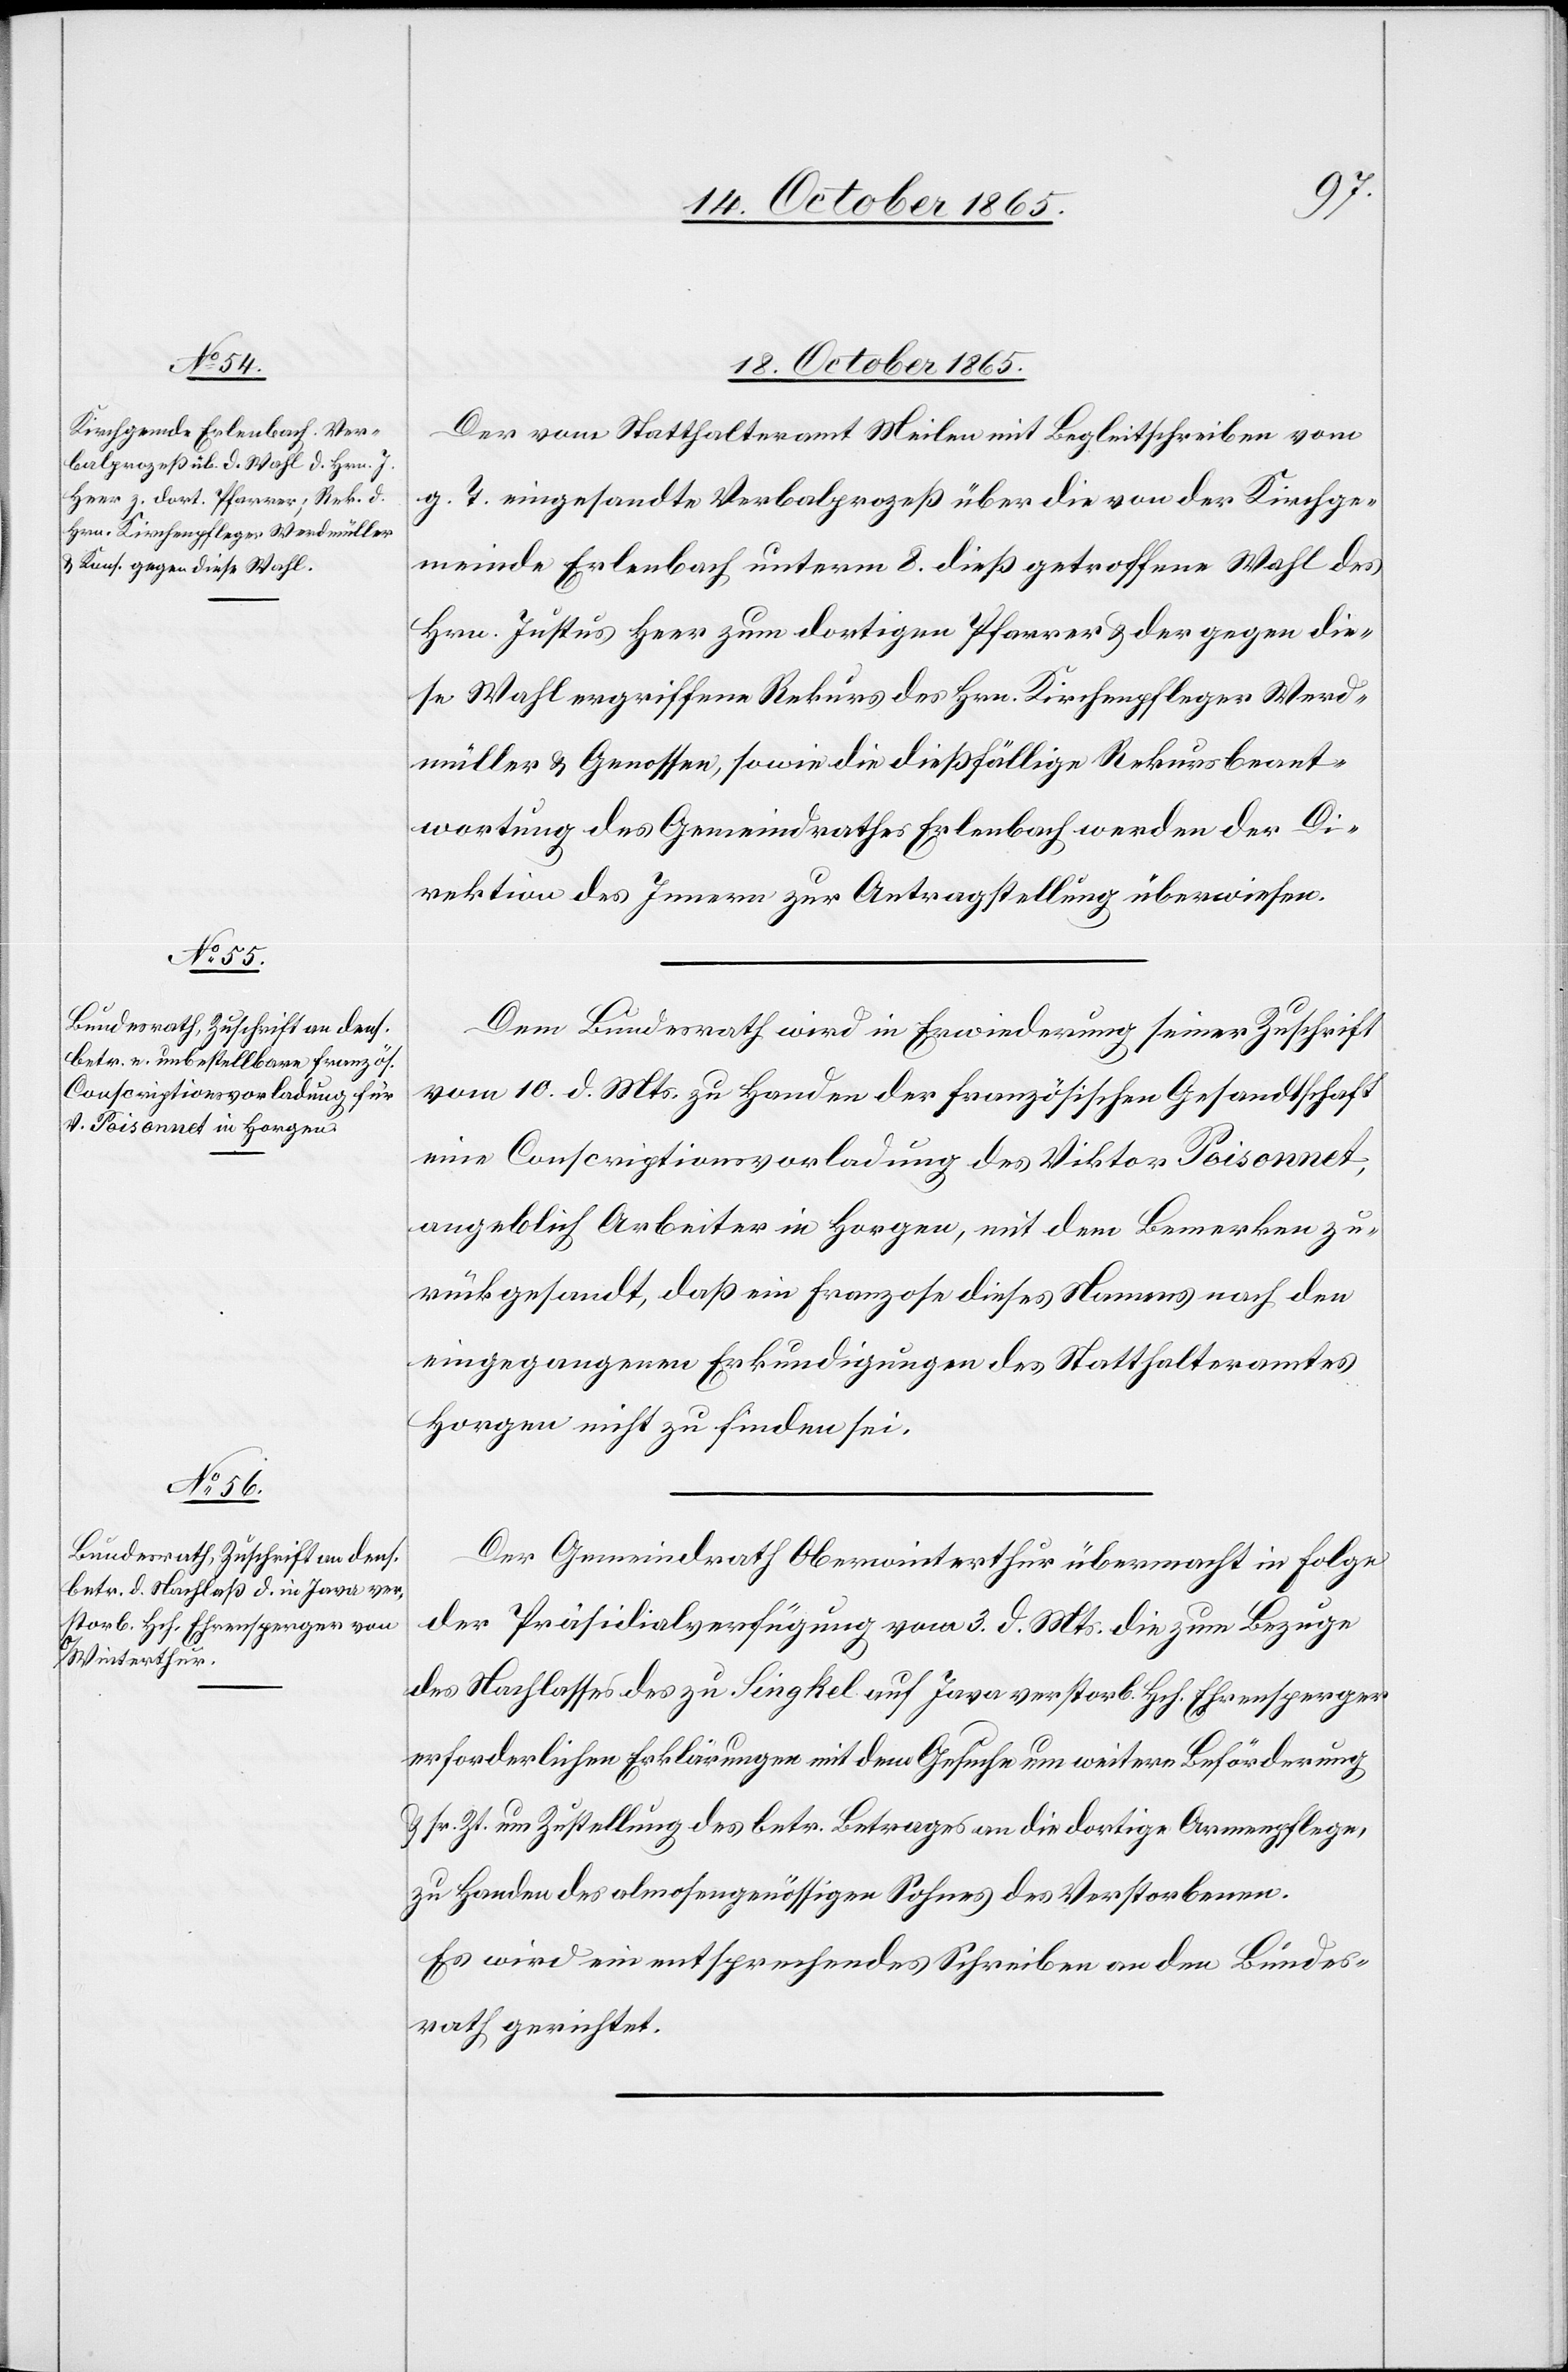
18. October 1865.]
Der vom Statthalteramt Meilen mit Begleitschreiben vom
g. T. eingesandte Verbalprozeß über die von der Kirchge¬
meinde Erlenbach unterm 8. dieß getroffene Wahl des
Hrn. Justus Heer zum dortigen Pfarrer & der gegen die¬
se Wahl ergriffene Rekurs des Hrn. Kirchenpfleger Werd¬
müller & Genossen, sowie die dießfällige Rekursbeant¬
wortung des Gemeindrathes Erlenbach werden der Di¬
rektion des Innern zur Antragstellung überwiesen.
Dem Bundesrath wird in Erwiederung seiner Zuschrift
vom 10. d. Mts. zu Handen der französischen Gesandtschaft
eine Conscriptionsvorladung des Viktor Poisonnet,
angeblich Arbeiter in Horgen, mit dem Bemerken zu¬
rückgesandt, daß ein Franzose dieses Namens nach den
eingegangenen Erkundigungen des Statthalteramtes
Horgen nicht zu finden sei.
Der Gemeindrath Oberwinterthur übermacht in Folge
der Präsidialverfügung vom 3. d. Mts. die zum Bezuge
des Nachlasses des zu Singkel auf Java verstorb. Hch. Ehrensperger
erforderlichen Erklärungen mit dem Gesuche um weitere Beförderung
& sr. Zt. um Zustellung des betr. Betrages an die dortige Armenpflege,
zu Handen des almosengenössigen Sohnes des Verstorbenen.
Es wird ein entsprechendes Schreiben an den Bundes¬
rath gerichtet.